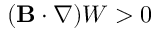
( { \bf { B } } \cdot \nabla ) W > 0